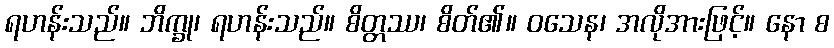
ရဟန်းသည်။ ဘိက္ခု၊ ရဟန်းသည်။ စိတ္တဿ၊ စိတ်၏။ ဝသေန၊ အလိုအားဖြင့်။ နော စ